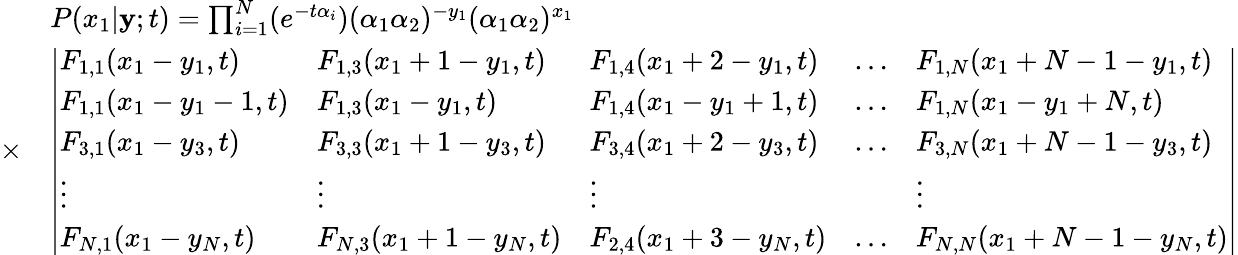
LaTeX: \begin{array}{rl}&{P(x_{1}|\mathbf{y};t)=\prod_{i=1}^{N}(e^{-t\alpha_{i}})(\alpha_{1}\alpha_{2})^{-y_{1}}(\alpha_{1}\alpha_{2})^{x_{1}}}\\ {\times}&{\left|\begin{array}{lllll}{F_{1,1}(x_{1}-y_{1},t)}&{F_{1,3}(x_{1}+1-y_{1},t)}&{F_{1,4}(x_{1}+2-y_{1},t)}&{\ldots}&{F_{1,N}(x_{1}+N-1-y_{1},t)}\\ {F_{1,1}(x_{1}-y_{1}-1,t)}&{F_{1,3}(x_{1}-y_{1},t)}&{F_{1,4}(x_{1}-y_{1}+1,t)}&{\ldots}&{F_{1,N}(x_{1}-y_{1}+N,t)}\\ {F_{3,1}(x_{1}-y_{3},t)}&{F_{3,3}(x_{1}+1-y_{3},t)}&{F_{3,4}(x_{1}+2-y_{3},t)}&{\ldots}&{F_{3,N}(x_{1}+N-1-y_{3},t)}\\ {\vdots}&{\vdots}&{\vdots}&&{\vdots}\\ {F_{N,1}(x_{1}-y_{N},t)}&{F_{N,3}(x_{1}+1-y_{N},t)}&{F_{2,4}(x_{1}+3-y_{N},t)}&{\ldots}&{F_{N,N}(x_{1}+N-1-y_{N},t)}\end{array}\right|}\end{array}